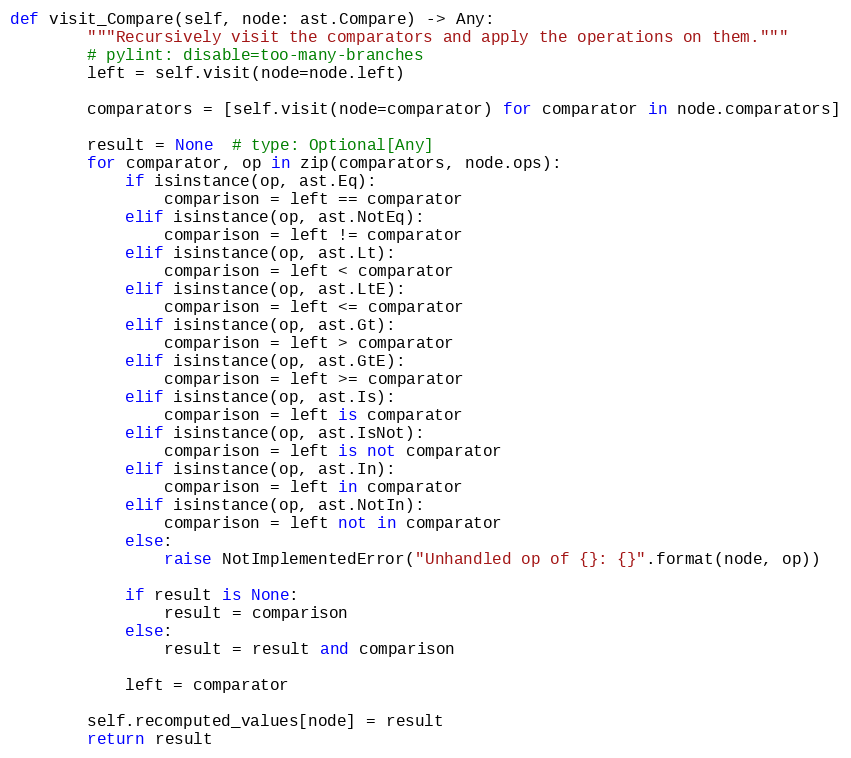
Language: Python
def visit_Compare(self, node: ast.Compare) -> Any:
        """Recursively visit the comparators and apply the operations on them."""
        # pylint: disable=too-many-branches
        left = self.visit(node=node.left)

        comparators = [self.visit(node=comparator) for comparator in node.comparators]

        result = None  # type: Optional[Any]
        for comparator, op in zip(comparators, node.ops):
            if isinstance(op, ast.Eq):
                comparison = left == comparator
            elif isinstance(op, ast.NotEq):
                comparison = left != comparator
            elif isinstance(op, ast.Lt):
                comparison = left < comparator
            elif isinstance(op, ast.LtE):
                comparison = left <= comparator
            elif isinstance(op, ast.Gt):
                comparison = left > comparator
            elif isinstance(op, ast.GtE):
                comparison = left >= comparator
            elif isinstance(op, ast.Is):
                comparison = left is comparator
            elif isinstance(op, ast.IsNot):
                comparison = left is not comparator
            elif isinstance(op, ast.In):
                comparison = left in comparator
            elif isinstance(op, ast.NotIn):
                comparison = left not in comparator
            else:
                raise NotImplementedError("Unhandled op of {}: {}".format(node, op))

            if result is None:
                result = comparison
            else:
                result = result and comparison

            left = comparator

        self.recomputed_values[node] = result
        return result